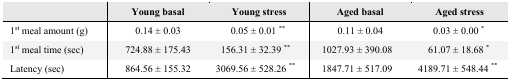
<table><thead><tr><td></td><td><b>Young basal</b></td><td><b>Young stress</b></td><td><b>Aged basal</b></td><td><b>Aged stress</b></td></tr></thead><tbody><tr><td>1<sup>st</sup> meal amount (g)</td><td>0.14 ± 0.03</td><td>0.05 ± 0.01 <sup>**</sup></td><td>0.11 ± 0.04</td><td>0.03 ± 0.00 *</td></tr><tr><td>1<sup>st</sup> meal time (sec)</td><td>724.88 ± 175.43</td><td>156.31 ± 32.39 <sup>**</sup></td><td>1027.93 ± 390.08</td><td>61.07 ± 18.68 *</td></tr><tr><td>Latency (sec)</td><td>864.56 ± 155.32</td><td>3069.56 ± 528.26 <sup>**</sup></td><td>1847.71 ± 517.09</td><td>4189.71 ± 548.44 <sup>**</sup></td></tr></tbody></table>